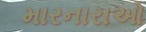
મારનારાઓ